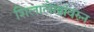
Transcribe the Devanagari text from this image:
शिलालेखांवरुन